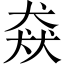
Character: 猋